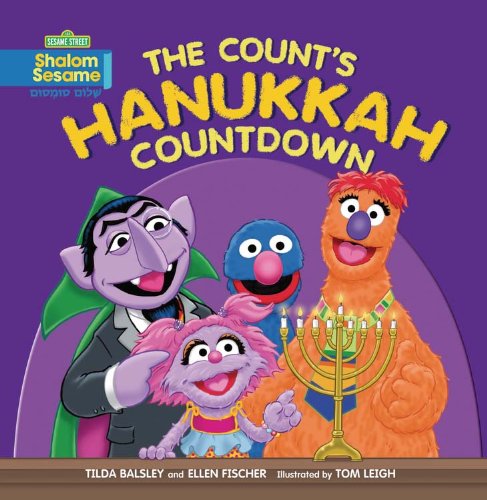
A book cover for The Count's Hanukkah Countdown (Shalom Sesame); Tilda Balsley; Children's Books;